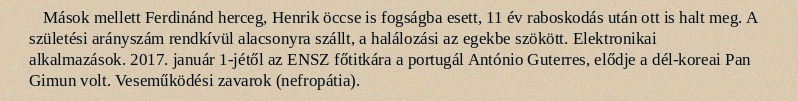
Mások mellett Ferdinánd herceg, Henrik öccse is fogságba esett, 11 év raboskodás után ott is halt meg. A születési arányszám rendkívül alacsonyra szállt, a halálozási az egekbe szökött. Elektronikai alkalmazások. 2017. január 1-jétől az ENSZ főtitkára a portugál António Guterres, elődje a dél-koreai Pan Gimun volt. Veseműködési zavarok (nefropátia).